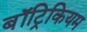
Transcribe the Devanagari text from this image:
बॉट्रिकियम